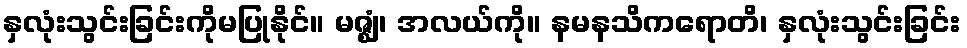
နှလုံးသွင်းခြင်းကိုမပြုနိုင်။ မဇ္ဈံ၊ အလယ်ကို။ နမနသိကရောတိ၊ နှလုံးသွင်းခြင်း